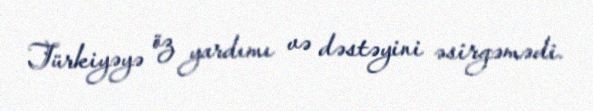
Türkiyəyə öz yardımı və dəstəyini əsirgəmədi.